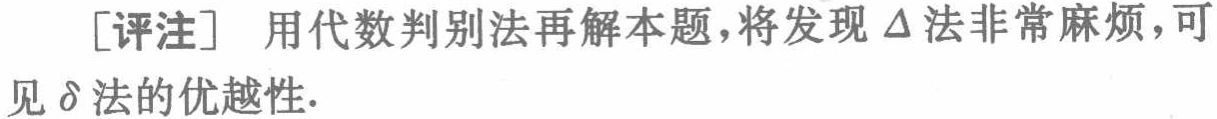
[评注] 用代数判别法再解本题，将发现$\Delta$法非常麻烦，可见$\delta$法的优越性.